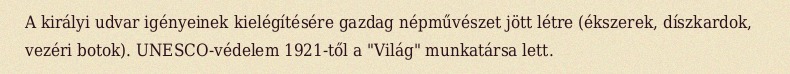
A királyi udvar igényeinek kielégítésére gazdag népművészet jött létre (ékszerek, díszkardok, vezéri botok). UNESCO-védelem 1921-től a "Világ" munkatársa lett.